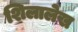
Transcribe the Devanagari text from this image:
शिलालेख